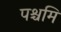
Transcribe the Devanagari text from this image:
पश्चमि